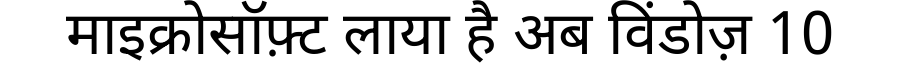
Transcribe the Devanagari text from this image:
माइक्रोसॉफ़्ट लाया है अब विंडोज़ 10